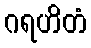
ဂရဟိတံ